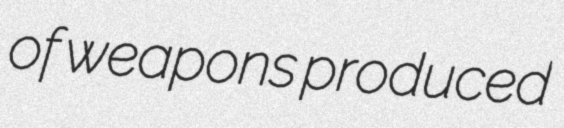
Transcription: of weapons produced